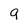
Character: 9